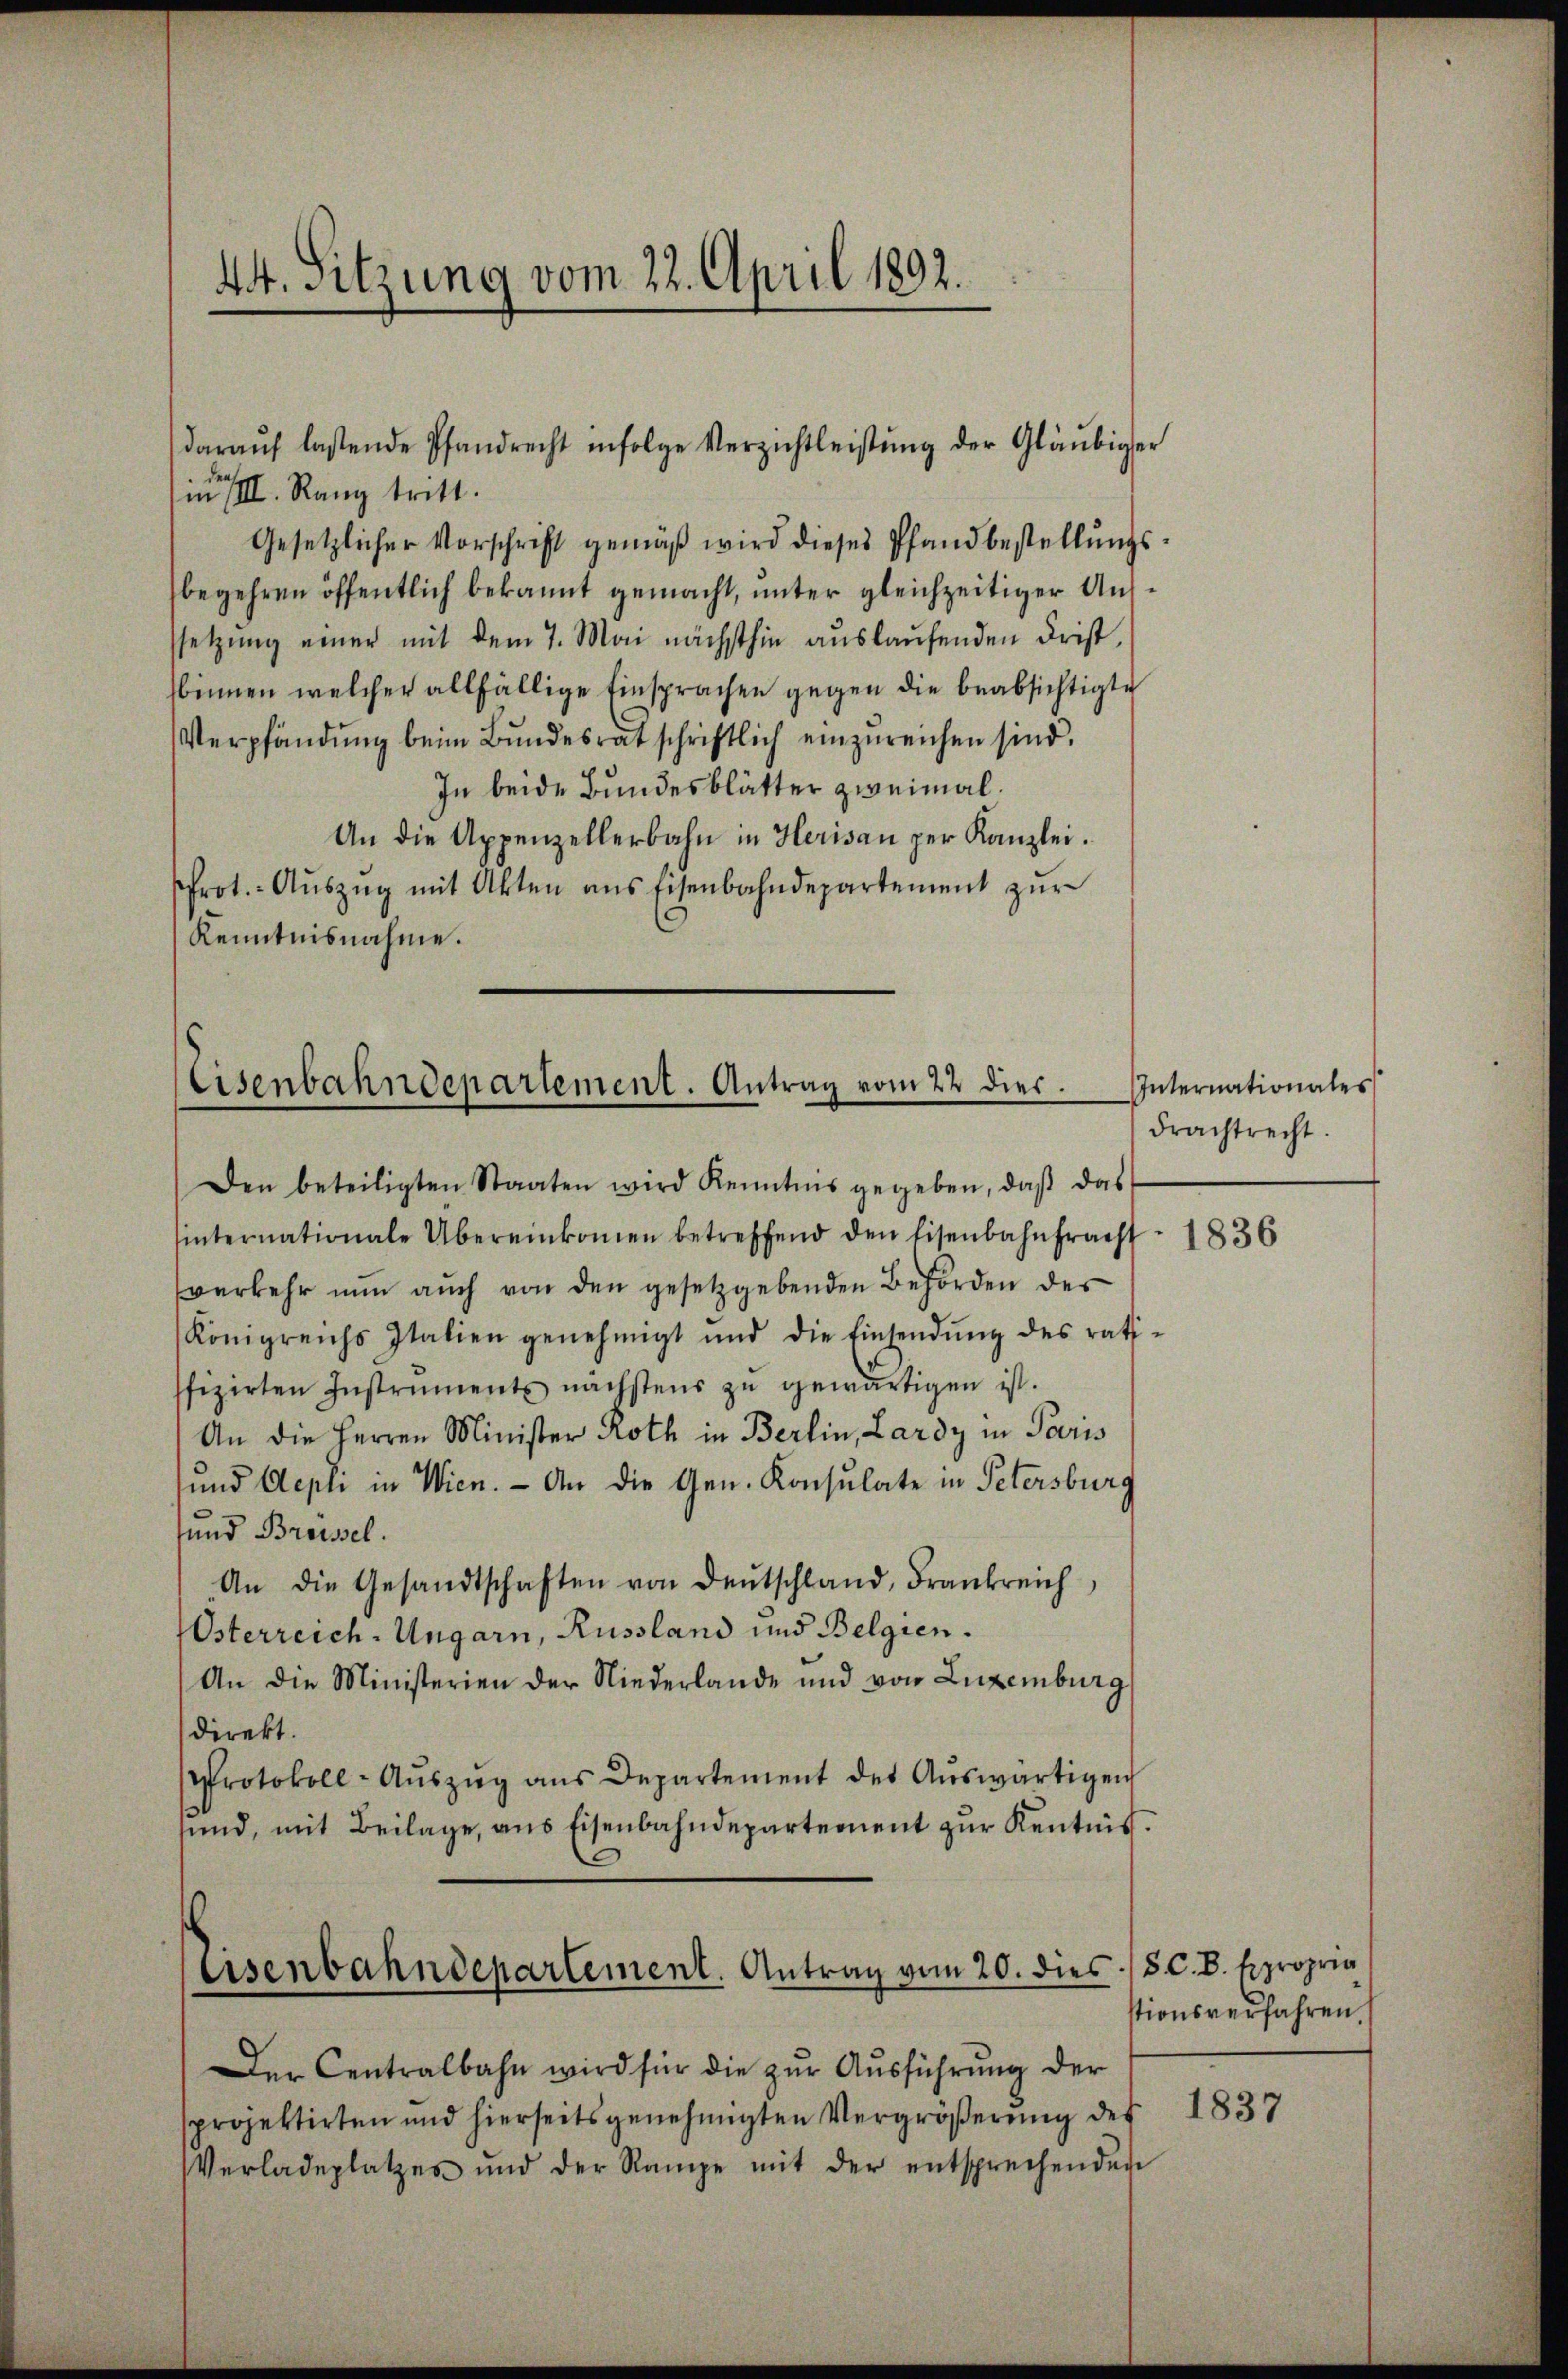
in Rang tritt.
Gesetzlicher Vorschrift gemäß wird dieses Pfandbestellungs
begehren öffentlich bekannt gemacht, unter gleichzeitiger Aussetzung einer mit dem 7. Mai nächsthin auslaufenden Frist,
binnen welcher allfällige Einsprachen gegen die beabsichtigte
Verpfändung beim Bundesrat schriftlich einzŭreichen sind.
In beide Bundesblätter zweimal.
An die Appenzellerbahn in Herisau per Kanzlei.
Prot. Aŭszŭg mit Akten ans Eisenbahndepartement zŭr
Kenntnisnahme.

44. Sitzung vom 22. April 1892.

daraŭf lassende Pfandrecht infolge Verzichtleistŭng der Gläubiger

Eisenbahndepartement. Antrag vom 22 dies.

Eisenbahndepartement. Antrag vom 20. dies

Den beteiligten Staaten wird Kenntnis gegeben, daβ das
hinternationale Übereinkommen betreffend den Eisenbahnfracht. 1836
verkehr nun auch von den gesetzgebenden Behörden des
Königreichs Italien genehmigt und die Einsendŭng des rati-
ffizirten Instruments nächstens zŭ gewärtigen ist.
An die Herren Minister Roth in Berlin, Lardy in Paris
und Aepli in Wien. - An die Gen. Konsulate in Petersburg
und Breissel.
An die Gesandtschaften von Deutschland, Frankreich
Österreich-Ungarn, Russland und Belgien.
An die Ministerien der Niederlande und von Luxenburg
direkt.
Protokoll-Aŭszŭg ans Departement des Aŭswärtigen
und, mit Beilage, ans Eisenbahndepartement zŭr Kentnis.

Der Centralbahn wird für die zŭr Aŭsführung der
sprojektirten und hierseits genehmigten Vergrößerung des
Verladeplatzes und der Rampe mit der entsprechenden

Internationales
Frachtrecht.

8 C. B. Expropria
tionsverfahren

1837